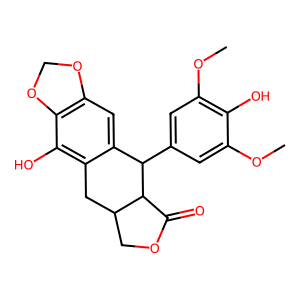
SMILES: COc1cc(C2c3cc4c(c(O)c3CC3COC(=O)C32)OCO4)cc(OC)c1O
Inhibits HIV replication: No